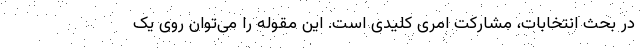
در بحث انتخابات، مشارکت امری کلیدی است. این مقوله را می‌توان روی یک